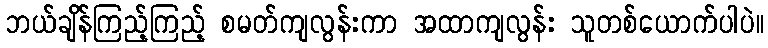
ဘယ်ချိန်ကြည့်ကြည့် စမတ်ကျလွန်းကာ အထာကျလွန်း သူတစ်ယောက်ပါပဲ။